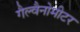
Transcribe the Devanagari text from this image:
गैल्वैनोमीटर